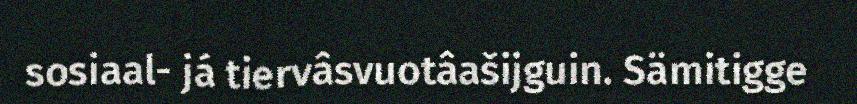
sosiaal- já tiervâsvuotâašijguin. Sämitigge